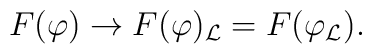
F(\varphi)\to F(\varphi)_\mathcal{L}=F(\varphi_\mathcal{L}).